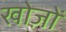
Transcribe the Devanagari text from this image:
खोज़ों